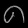
Digit: ၈